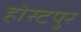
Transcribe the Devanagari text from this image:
होस्टपुर